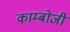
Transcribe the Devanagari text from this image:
काम्बोजी